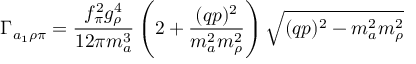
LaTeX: \Gamma _ { a _ { 1 } \rho \pi } = \frac { f _ { \pi } ^ { 2 } g _ { \rho } ^ { 4 } } { 1 2 \pi m _ { a } ^ { 3 } } \left( 2 + \frac { ( q p ) ^ { 2 } } { m _ { a } ^ { 2 } m _ { \rho } ^ { 2 } } \right) \sqrt { ( q p ) ^ { 2 } - m _ { a } ^ { 2 } m _ { \rho } ^ { 2 } }